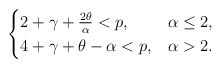
\begin{align*}\begin{cases}2 + \gamma + \frac{2\theta}{\alpha} < p , & \alpha\leq 2 , \\4+ \gamma+ \theta - \alpha < p, & \alpha > 2 .\end{cases}\end{align*}